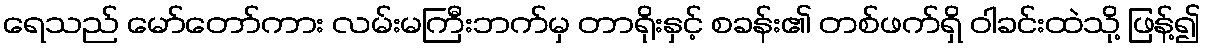
ရေသည် မော်တော်ကား လမ်းမကြီးဘက်မှ တာရိုးနှင့် စခန်း၏ တစ်ဖက်ရှိ ဝါခင်းထဲသို့ ဖြန့်၍